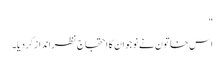
"
اس خاتون نے نوجوان کا احتجاج نظرانداز کر دیا۔